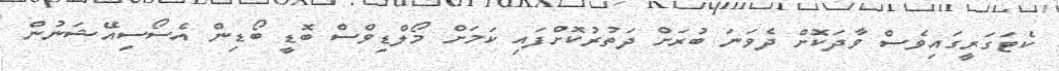
ކެޓަގަރީގައިވެސް ވާދަކޮށް ދެވަނަ ބުރަށް ދަތުރުކޮށްފައި ކަމަށް މޯލްޑިވްސް ބޮޑީ ބޯޑިން އެސޯސިއޭޝަނުން